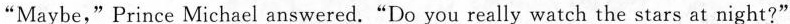
"Maybe,"Prince Michael answered."Do you really watch the stars at night?"